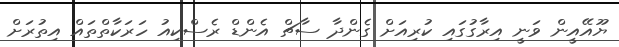
ޔޫއޭއީން ވަނީ އިރާގުގައި ކުރިއަށް ގެންދާ ސާޗް އެންޑް ރެސްކިއު ހަރަކާތްތައް އިތުރަށް